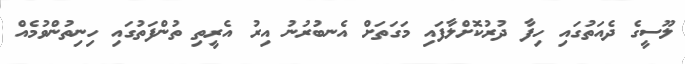
ލޫސީގެ ދެއަތުގައި ހިފާ ދުރުކޮށްލާފައި މަގަތަށް އެނބުރުނު އިރު އެރީތި ތުންފަތުގައި ހިނިތުންވުމެއް